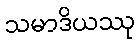
သမာဒိယဿု